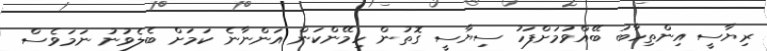
ރިޔާސީ އިންތިހާބު ބޭއްވުމަށްފަހު ސިޔާސީ ގޮތުން ހިމޭންކަން އަންނާނެ ކަމަށް ބެލެވުނު ނަމަވެސް